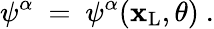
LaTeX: \psi^{\alpha}\ =\ \psi^{\alpha}(\mathbf{x}_{\mathrm{{L}}},\theta)\ .